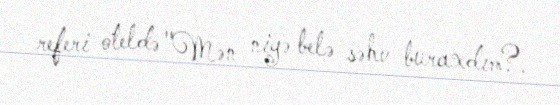
referi oteldə "Mən niyə belə səhv buraxdım?.